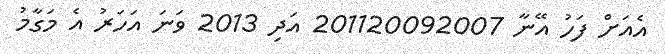
އެއަށް ފަހު އޭނާ 201120092007 އަދި 2013 ވަނަ އަހަރު އެ މަގާމު